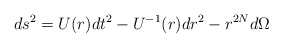
\begin{align*}ds^2=U(r)dt^2-U^{-1}(r)dr^2-r^{2N}d\Omega\end{align*}